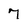
Character: 7